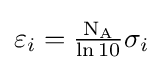
\varepsilon _{i}={\tfrac {\mathrm {N_{A}} }{\ln 10}}\sigma _{i}